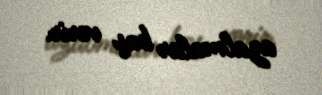
azalmalar baş verir.